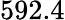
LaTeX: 592.4